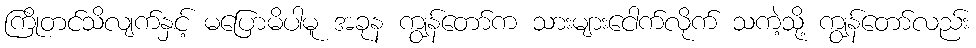
ကြိုတင်သိလျက်နှင့် မပြောမိပါမူ အခုန ကျွန်တော်က သားများငေါက်လိုက် သကဲ့သို့ ကျွန်တော်လည်း